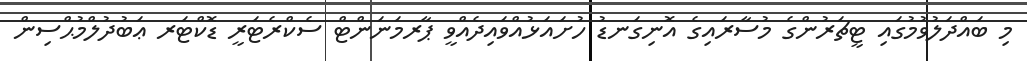
މި ބައްދަލުވުމުގައި ޓީޗަރުންގެ މުސާރައިގެ އޮނިގަނޑު ހުށައަޅުއްވައިދެއްވީ ޕާރމަނަންޓް ސެކްރެޓަރީ ޑޮކްޓަރ ޢަބުދުލްމުޙްސިން